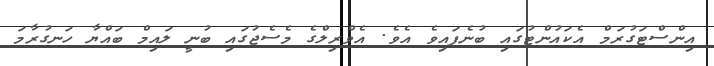
އިންސްޓަގުރަމް އެކައުންޓުގައި ބުނެފައިވެ އެވެ. އެވްރިލްގެ މެސެޖުގައި ބުނީ ލައިމް ބައްޔާ ހަނގުރާމަ